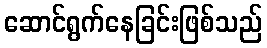
ဆောင်ရွက်နေခြင်းဖြစ်သည်